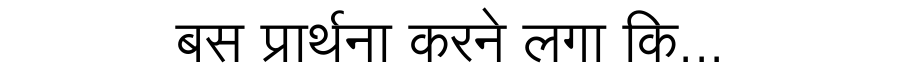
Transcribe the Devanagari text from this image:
बस प्रार्थना करने लगा कि...